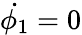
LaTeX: \dot{\phi_{1}}=0